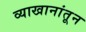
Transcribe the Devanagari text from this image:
व्याखानांतून